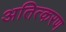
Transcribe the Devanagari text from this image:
अतित्करण